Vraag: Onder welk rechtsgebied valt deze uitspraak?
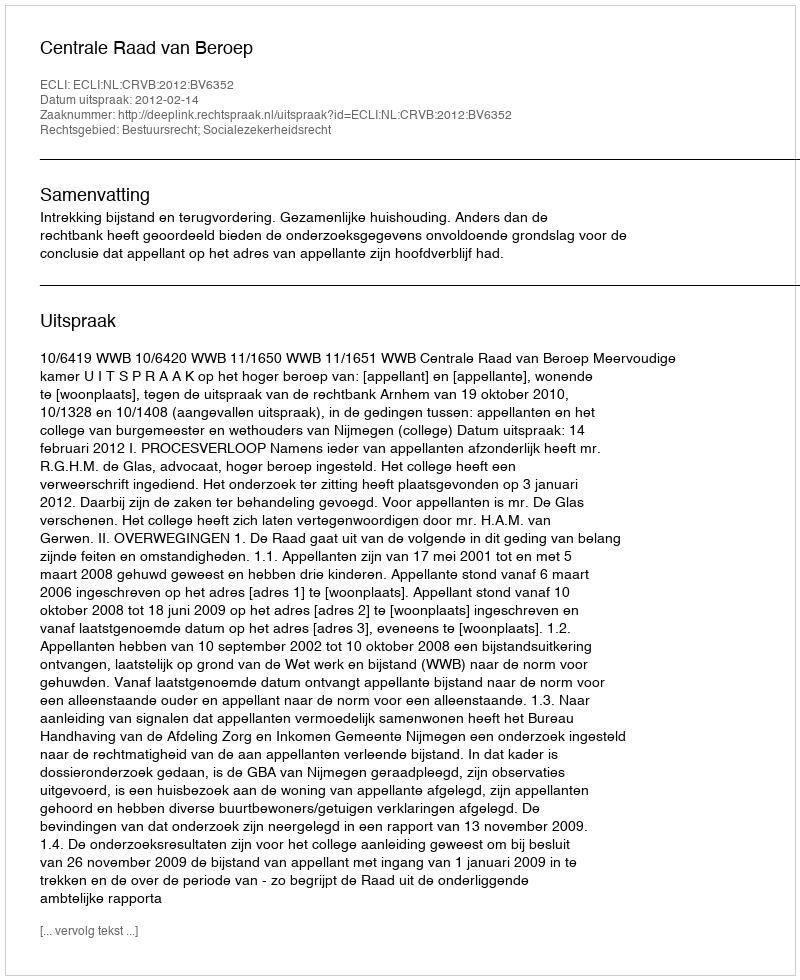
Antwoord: Bestuursrecht; Socialezekerheidsrecht